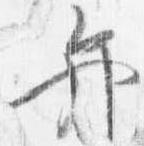
弁